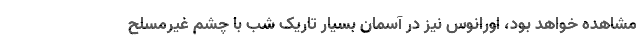
مشاهده خواهد بود، اورانوس نیز در آسمان بسیار تاریک شب با چشم غیرمسلح